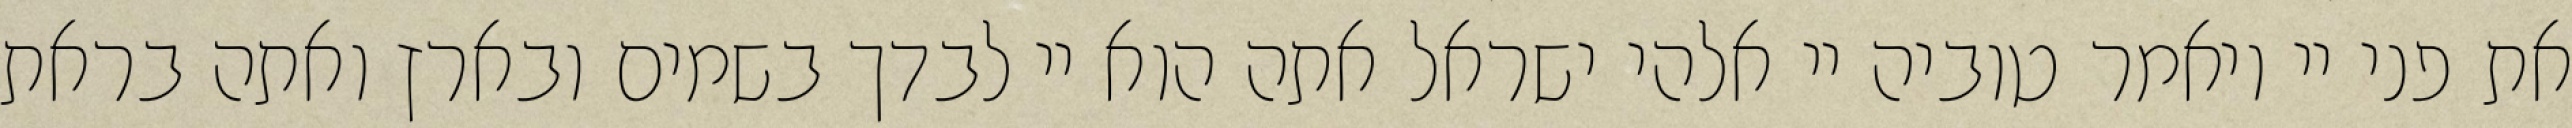
את פני יי ויאמר טוביה יי אלהי ישראל אתה הוא יי לבדך בשמים ובארץ ואתה בראת